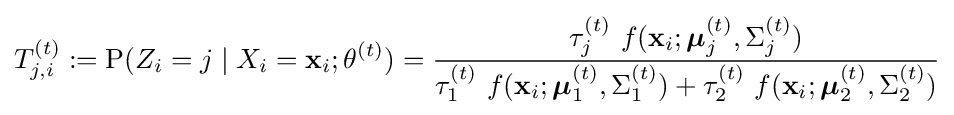
T_{j,i}^{(t)}:=\operatorname {P} (Z_{i}=j\mid X_{i}=\mathbf {x} _{i};\theta ^{(t)})={\frac {\tau _{j}^{(t)}\ f(\mathbf {x} _{i};{\boldsymbol {\mu }}_{j}^{(t)},\Sigma _{j}^{(t)})}{\tau _{1}^{(t)}\ f(\mathbf {x} _{i};{\boldsymbol {\mu }}_{1}^{(t)},\Sigma _{1}^{(t)})+\tau _{2}^{(t)}\ f(\mathbf {x} _{i};{\boldsymbol {\mu }}_{2}^{(t)},\Sigma _{2}^{(t)})}}